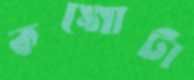
কঙ্গোটা